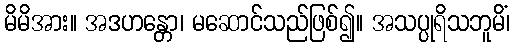
မိမိအား။ အဒဟန္တော၊ မဆောင်သည်ဖြစ်၍။ အသပ္ပုရိသဘူမိံ၊